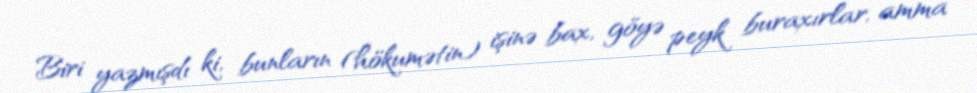
Biri yazmışdı ki, bunların (hökumətin) işinə bax, göyə peyk buraxırlar, amma